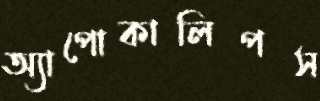
অ্যাপোকালিপস